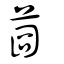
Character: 莔